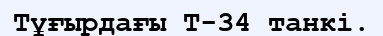
Тұғырдағы Т-34 танкі.